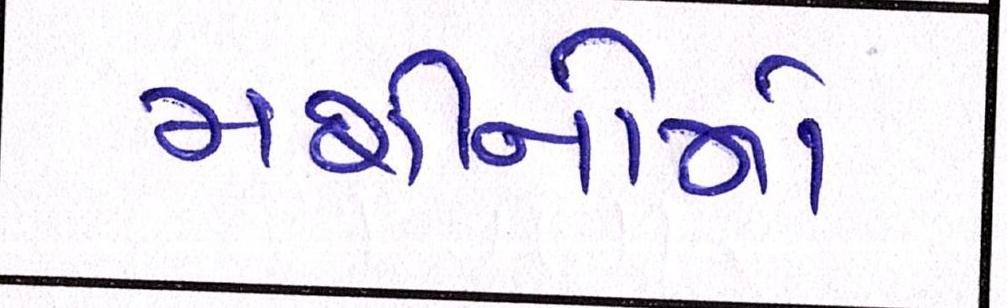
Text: મશીનોનો